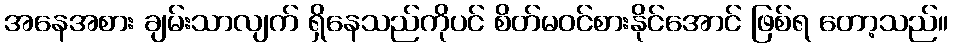
အနေအစား ချမ်းသာလျက် ရှိနေသည်ကိုပင် စိတ်မဝင်စားနိုင်အောင် ဖြစ်ရ တော့သည်။